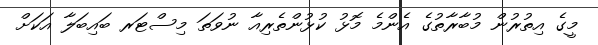
މީގެ އިތުރުން މުބާރާތުގެ އެންމެ މޮޅު ކުޅުންތެރިއާ ނުވަތަ މިސްޓަރ ބައިބަލާ އަކަށް